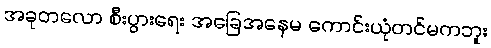
အခုတလော စီးပွားရေး အခြေအနေမ ကောင်းယုံတင်မကဘူး